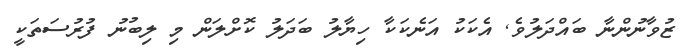
ޒުވާނުންނާ ބައްދަލުވެ